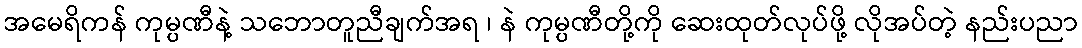
အမေရိကန် ကုမ္ပဏီနဲ့ သဘောတူညီချက်အရ ၊ နဲ ကုမ္ပဏီတို့ကို ဆေးထုတ်လုပ်ဖို့ လိုအပ်တဲ့ နည်းပညာ